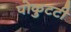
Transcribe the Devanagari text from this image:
पोकुटटी